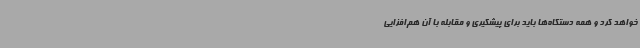
خواهد کرد و همه دستگاه‌ها باید برای پیشگیری و مقابله با آن هم‌افزایی